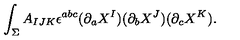
\int _ { \Sigma } A _ { I J K } \epsilon ^ { a b c } ( \partial _ { a } X ^ { I } ) ( \partial _ { b } X ^ { J } ) ( \partial _ { c } X ^ { K } ) .